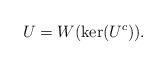
LaTeX: \begin{align*} U = W(\ker(U^c)).\end{align*}